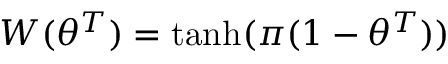
W ( \theta ^ { T } ) = \operatorname { t a n h } ( \pi ( 1 - \theta ^ { T } ) )